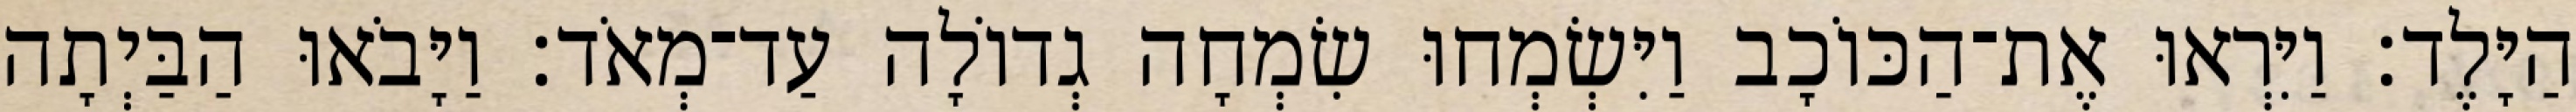
הַיָּלֶד׃ וַיִּרְאוּ אֶת־הַכּוֹכָב וַיִּשְׂמְחוּ שִׂמְחָה גְדוֹלָה עַד־מְאֹד׃ וַיָּבֹאוּ הַבַּיְתָה